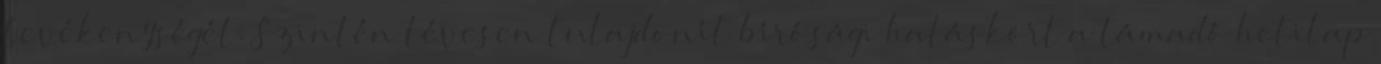
tevékenységét. Szintén tévesen tulajdonít bírósági hatáskört a támadó hetilap